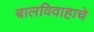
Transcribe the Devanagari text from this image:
बालविवाहाचे